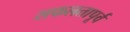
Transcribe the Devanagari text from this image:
सफलतापूर्व